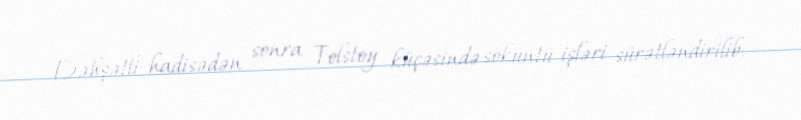
Dəhşətli hadisədən sonra Tolstoy küçəsində söküntü işləri sürətləndirilib;